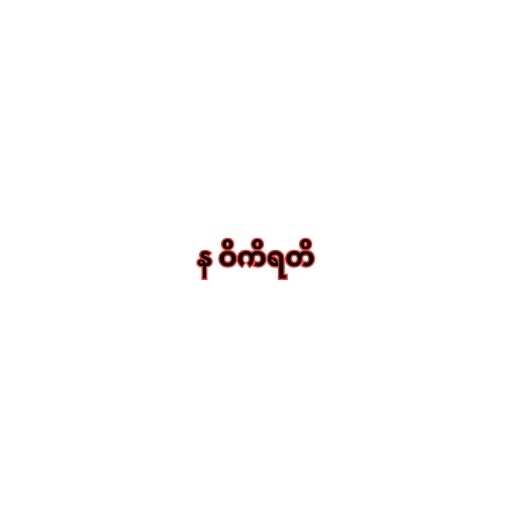
န ဝိကိရတိ